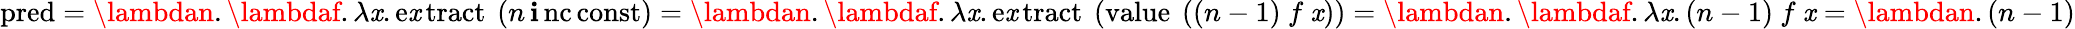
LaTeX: \operatorname{pred}=\lambdan.\lambdaf.\lambda\mathit{x}.\operatorname{e\mathit{x}tract}\ (n\operatorname{\mathbf{i}nc}\operatorname{const})=\lambdan.\lambdaf.\lambda\mathit{x}.\operatorname{e\mathit{x}tract}\ (\operatorname{value}\ ((n-1)\ f\ \mathit{x}))=\lambdan.\lambdaf.\lambda\mathit{x}.(n-1)\ f\ \mathit{x}=\lambdan.(n-1)